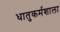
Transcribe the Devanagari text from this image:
धातुकर्मशाला